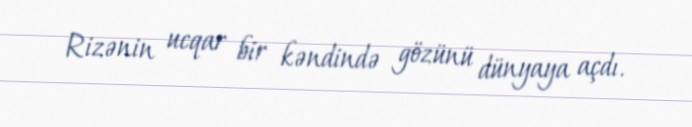
Rizənin ucqar bir kəndində gözünü dünyaya açdı.